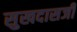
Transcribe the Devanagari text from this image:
सुखदासजी